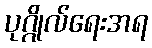
ပုဂ္ဂိုလ်ရေးအရ